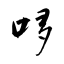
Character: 哆